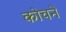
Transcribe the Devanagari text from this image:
कोचने